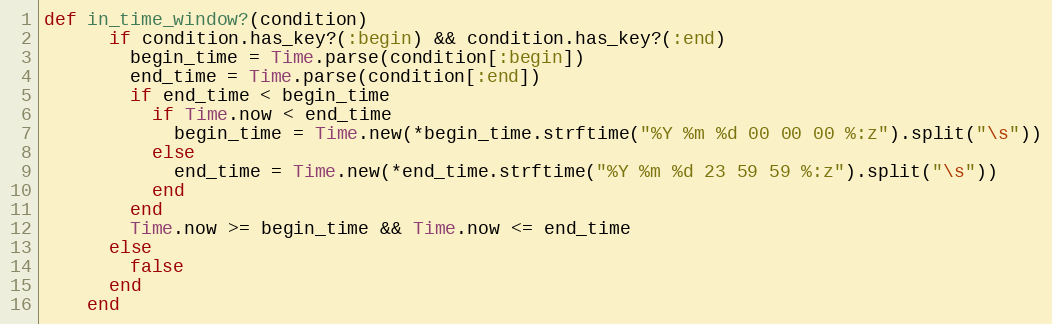
Language: Ruby
def in_time_window?(condition)
      if condition.has_key?(:begin) && condition.has_key?(:end)
        begin_time = Time.parse(condition[:begin])
        end_time = Time.parse(condition[:end])
        if end_time < begin_time
          if Time.now < end_time
            begin_time = Time.new(*begin_time.strftime("%Y %m %d 00 00 00 %:z").split("\s"))
          else
            end_time = Time.new(*end_time.strftime("%Y %m %d 23 59 59 %:z").split("\s"))
          end
        end
        Time.now >= begin_time && Time.now <= end_time
      else
        false
      end
    end